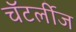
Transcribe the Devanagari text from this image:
चॅटर्लीज